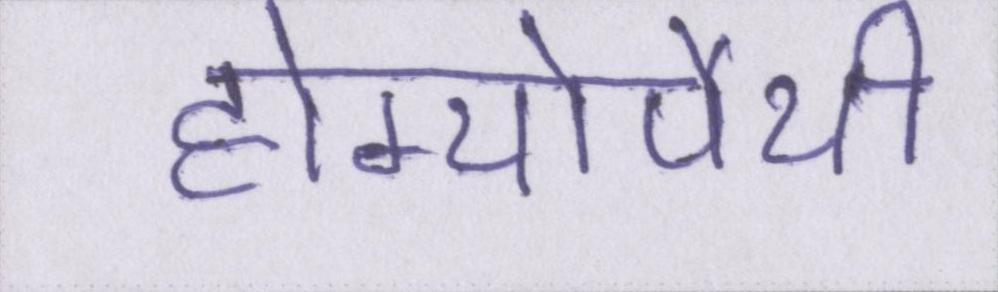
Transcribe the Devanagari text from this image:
होम्योपैथी